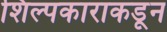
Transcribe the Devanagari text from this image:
शिल्पकाराकडून